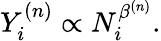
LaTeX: \begin{array}{r}{Y_{i}^{(n)}\propto N_{i}^{\beta^{(n)}}.}\end{array}